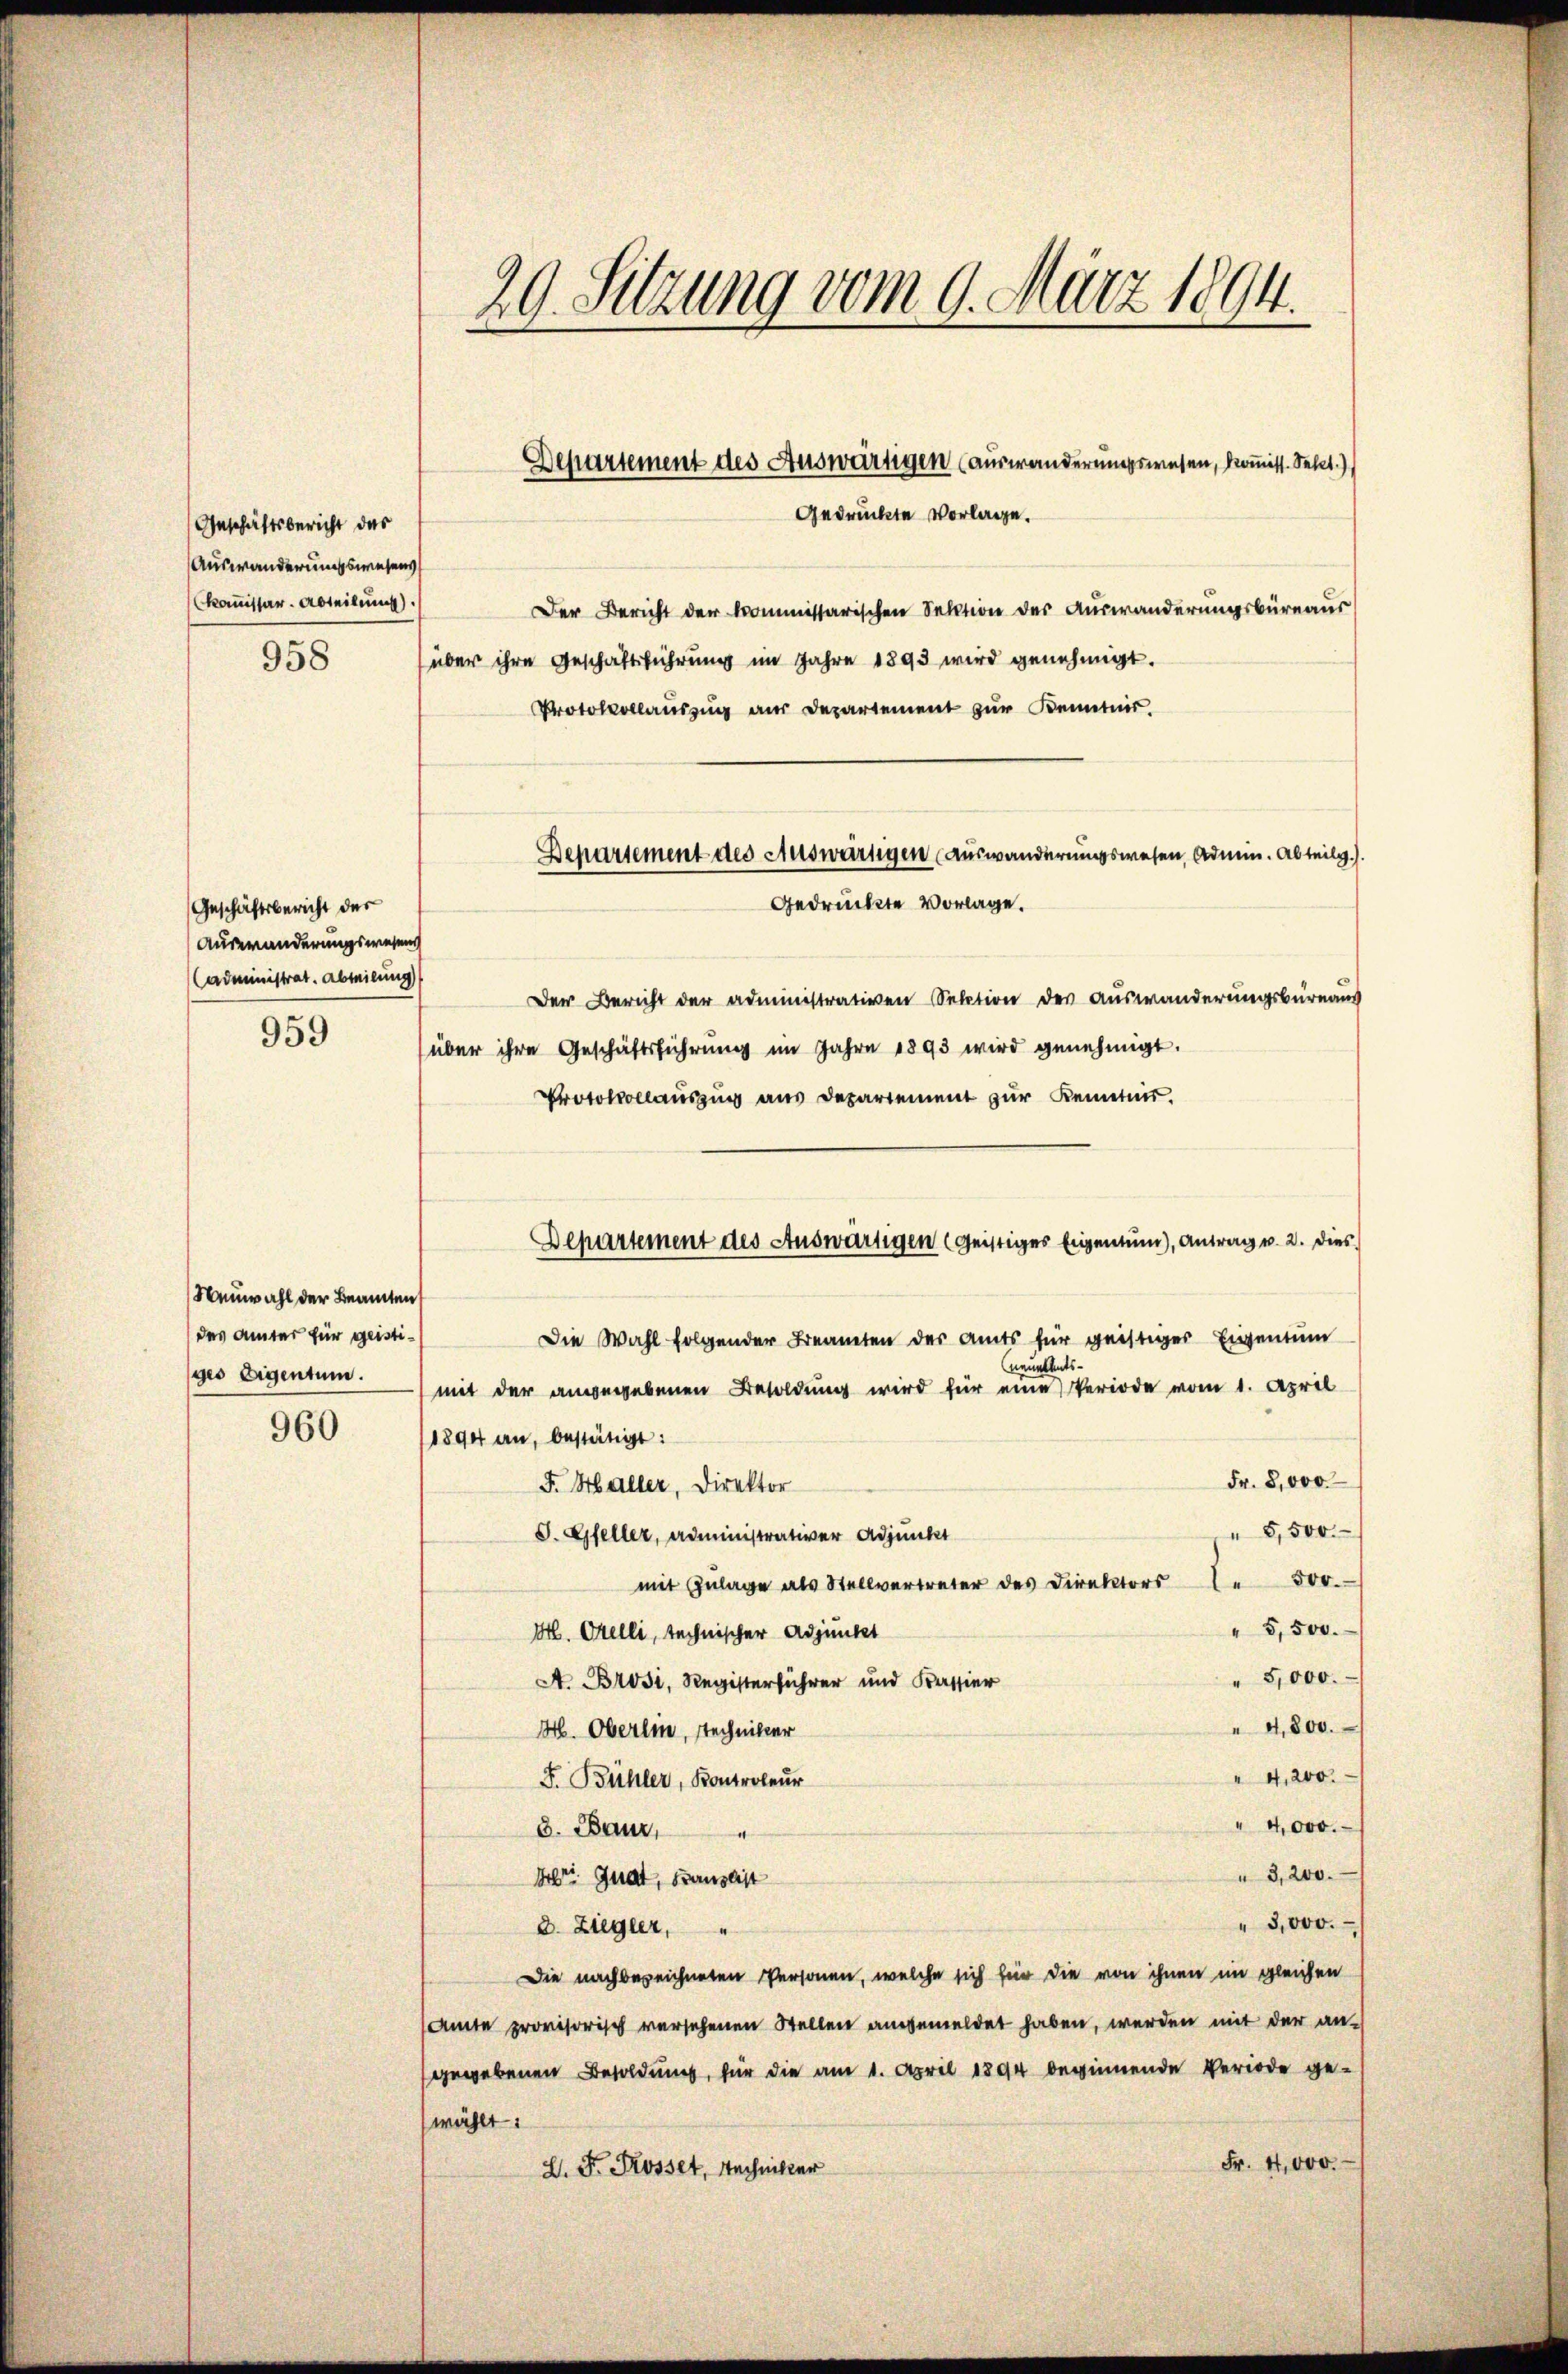
Geschäftsbericht des
Auswanderungswesens
Kommissar. Abteilung).
958

Geschäftsbericht der
Auswanderungswesens
Cadministrat. Abteilung)

959

Neuwahl der Beamten
das Amter für geistiges Eigentum.

960

29. Sitzung vom 9. März 1894.

Departement des Auswärtigen (auswanderungswesen, kommiss. Sehet.)
Gedrückte Vorlage.

Der Bericht der kommissarischen Sektion der Auswanderungsbüreaus
über ihre Geschäftsführŭng im Jahre 1893 wird genehmigt.
Protokollauszug aus Departement zur Kenntnis.
Departement des Auswärtigen (Auswanderungswesen, Admin. Abteilg.)
Gedrückte Vorlage.
Der Bericht der administrativen Section der Auswanderungsbureaus
über ihre Geschäftsführŭng im Jahre 1893 wird genehmigt.
Protokollauszug aus Departement zur Kenntnis.
Die Wahl folgender Beanten der Amts für geistiger Eigentum
neue Amts-
mit der angegebenen Besoldung wird für eine Periode vom 1. April
1894 an, bestätigt:
Fr. 8,000
F. Haller, Direktor
" 5,500.
S. Gfeller, Administrativer Adjunkt
mit Zŭlage als Stellvertreter des Direktors 1 500.
" 5,500.
H. Orelli, technischer Adjunkt
" 5,000.
A. Brosi, Registerführer und Kassier
" 4,800.
H. Oberlin, Techniker
" 4,200.
F. Bühler, Kontroleur
4,000.
d. Baur,
3,200.
Ihr Guat, Kanzlist
" 3,000.
d. Ziegler,
Die nachbezeichneten Personen, welche sich für die von ihnen im gleichen
Amte provisorisch versehenen Stellen angemeldet haben, werden mit der an-
gegebenen Besoldung, für die am 1. April 1894 beginnende Veriode gewählt:
Fr. 4,000.
L. F. Rosset, Rechniker

Departement des Auswärtigen (geistiges Eigentum), Antrag u. 2. dies